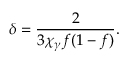
\delta = \frac { 2 } { 3 \chi _ { \gamma } f ( 1 - f ) } .